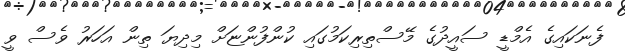
ފެނަކައިގެ އެމްޑީ ސައީދުގެ މޭސްތިރިކަމުގައި ކުންފުންޏަށް މިދިޔަ ތިން އަހަރު ވެސް ވީ